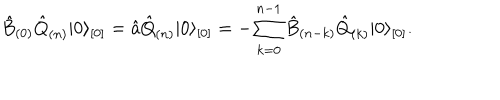
\hat { B } _ { ( 0 ) } \hat { Q } _ { ( n ) } \vert 0 \rangle _ { [ 0 ] } = \hat { a } \hat { Q } _ { ( n ) } \vert 0 \rangle _ { [ 0 ] } = - \sum _ { k = 0 } ^ { n - 1 } \hat { B } _ { ( n - k ) } \hat { Q } _ { ( k ) } \vert 0 \rangle _ { [ 0 ] } .